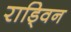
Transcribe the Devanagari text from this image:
राड्विन